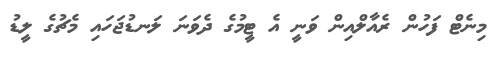
މިނެޓް ފަހުން ރެއާލްއިން ވަނީ އެ ޓީމުގެ ދެވަނަ ލަނޑުޖަހައި މެޗުގެ ލީޑު